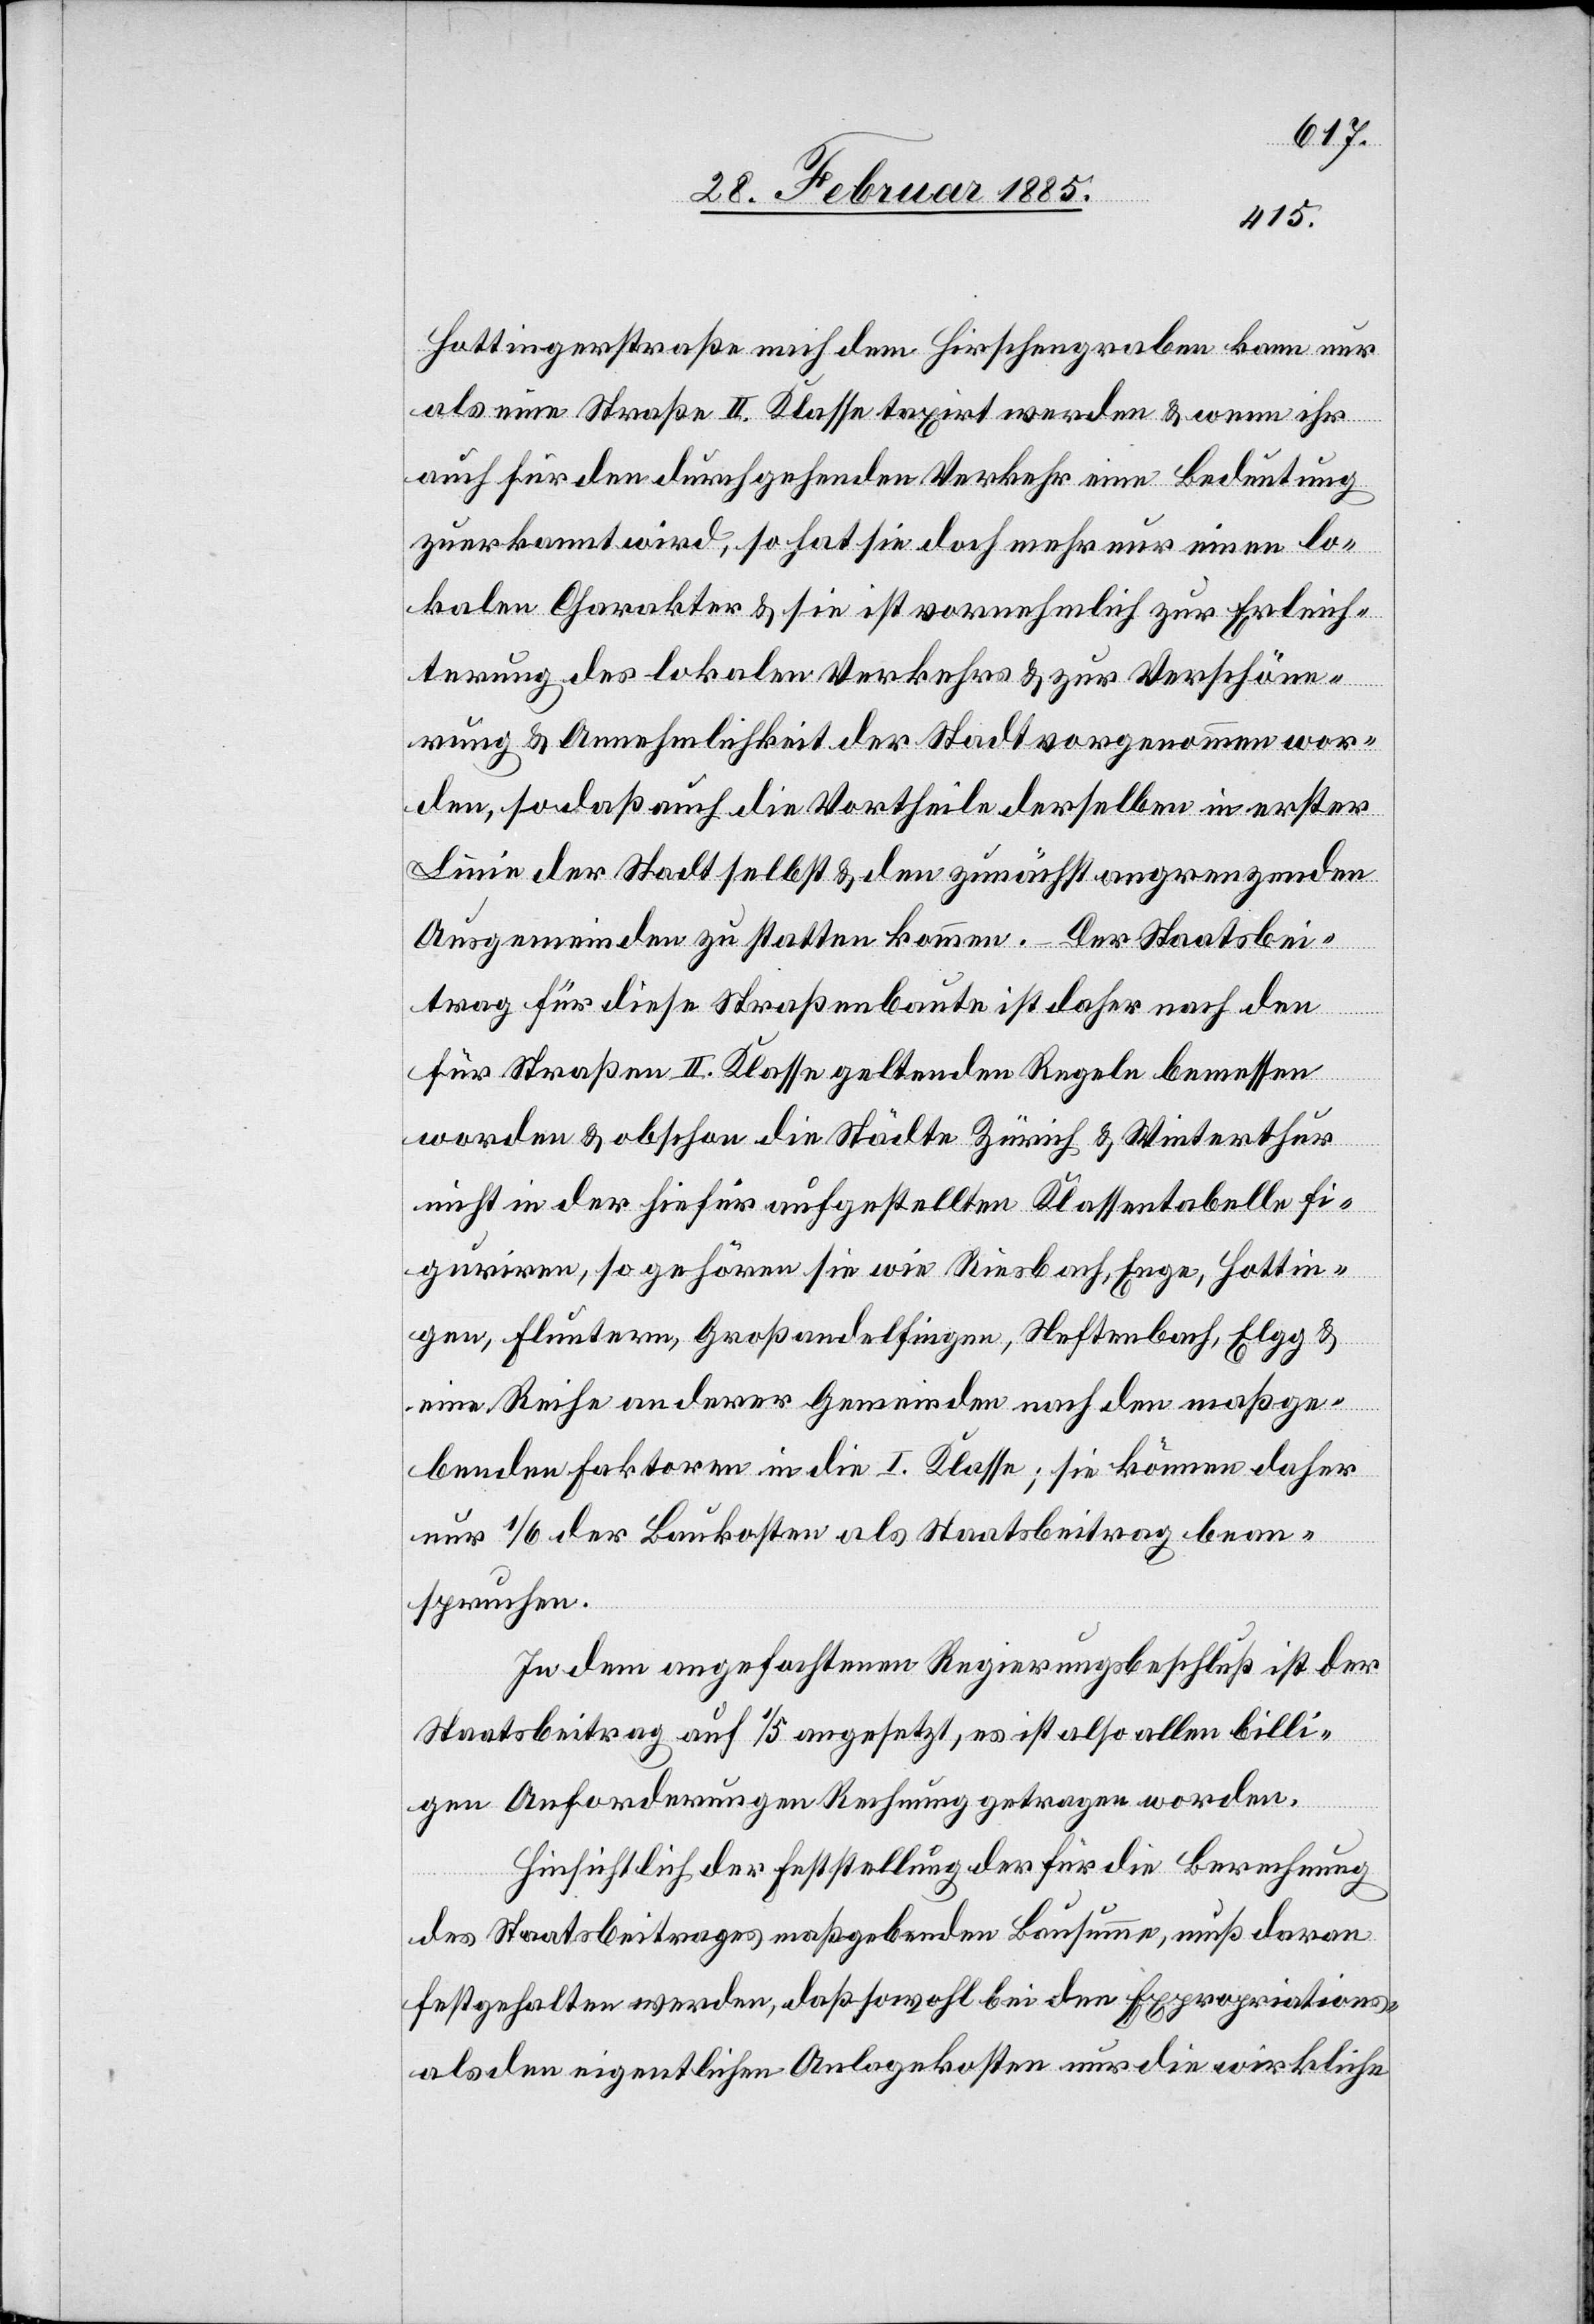
Hottingerstraße nach dem Hirschengraben kann nur
als eine Straße II. Klasse taxirt werden & wenn ihr
auch für den durchgehenden Verkehr eine Bedeutung
zuerkannt wird, so hat sie doch mehr nur einen lo¬
kalen Charakter & sie ist vornehmlich zur Erleich¬
terung des lokalen Verkehrs & zur Verschöne¬
rung & Annehmlichkeit der Stadt vorgenommen wor¬
den, so daß auch die Vortheile derselben in erster
Linie der Stadt selbst & den zunächst angrenzenden
Ausgemeinden zu statten kommen. Der Staatsbei¬
trag für diese Straßenbaute ist daher nach den
für Straßen II. Klasse geltenden Regeln bemessen
worden & obschon die Städte Zürich & Winterthur
nicht in der hiefür aufgestellten Klassentabelle fi¬
guriren, so gehören sie wie Riesbach, Enge, Hottin¬
gen, Fluntern, Großandelfingen, Neftenbach, Elgg &
eine Reihe anderer Gemeinden auch den maßge¬
benden Faktoren in die I. Klasse; sie können daher
nur 1/6 der Baukosten als Staatsbeitrag bean¬
spruchen.
In dem angefochtenen Regierungsbeschluß ist der
Staatsbeitrag auf 1/5 angesetzt, es ist also allen billi¬
gen Anforderungen Rechnung getragen worden.
Hinsichtlich der Feststellung der für die Berechnung
des Staatsbeitrages maßgebenden Bausumme, muß daran
festgehalten werden, daß sowohl bei den Expropriations-
als den eigentlichen Anlagekosten nur die wirkliche